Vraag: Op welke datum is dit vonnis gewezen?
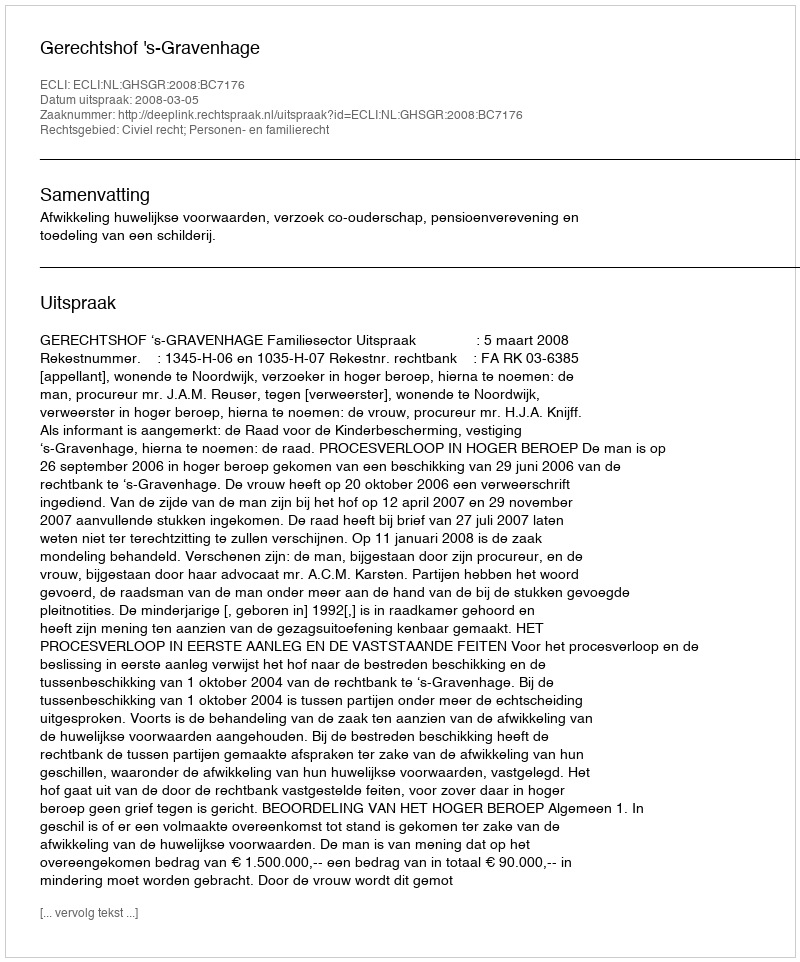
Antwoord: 2008-03-05